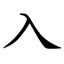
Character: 入